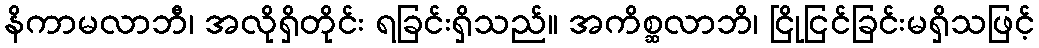
နိကာမလာဘီ၊ အလိုရှိတိုင်း ရခြင်းရှိသည်။ အကိစ္ဆလာဘိ၊ ငြိုငြင်ခြင်းမရှိသဖြင့်